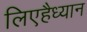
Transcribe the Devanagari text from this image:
लिएहैध्यान